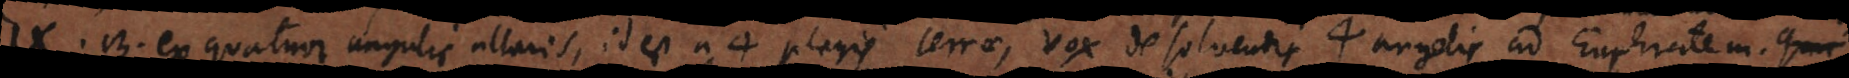
IX, 13 ex quatuor angulis altaris, id est a 4 plagis terrae, vox de solvendis 4 angelis ad Euphratem.